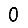
Digit: 0